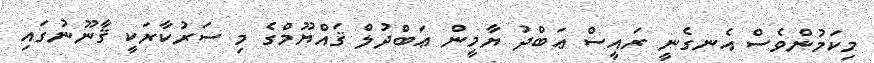
މިކަމުންވެސް އެނގެނީ ރައީސް ޢަބްދު ޔާމީން ޢަބްދުލް ޤައްޔޫމްގެ މި ސަރުކާރަކީ ޤާނޫނުގައި